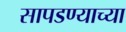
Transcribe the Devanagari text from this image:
सापडण्याच्या